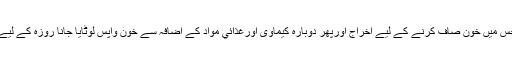
گردے واش کرنا جس میں خون صاف کرنے کے لیے اخراج اورپھر دوبارہ کیماوی اورغذائي مواد کے اضافہ سے خون واپس لوٹایا جانا روزہ کے لیے مفطر شمار ہوگا ۔